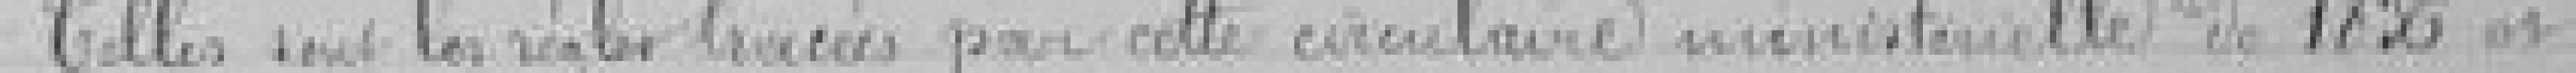
Telles sont les règles trouvées par cette circulaire ministérielle de 1836 et